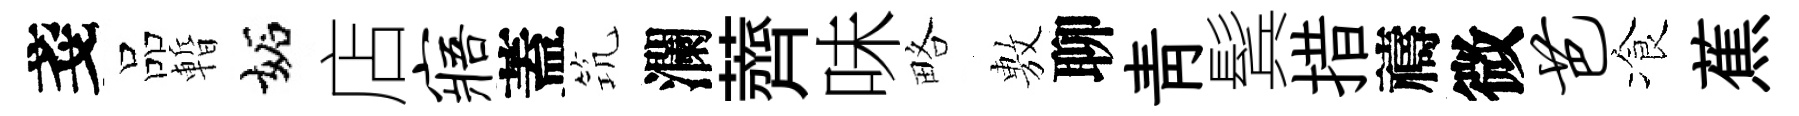
戔品暫妬店寤蓋𥬑瀾薺味略𢾾聊靑鬂措禱微芭飡蕉